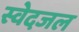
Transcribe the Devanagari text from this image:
स्वेदजल